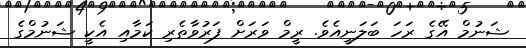
ޝަނުމް އޭގެ ރަހަ ބަލަނީއެވެ. ރީމް ވަރަށް ފަރުވާތެރި ކަމާއި އެކީ ޝަނުމްގެ